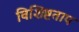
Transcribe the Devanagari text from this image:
विशिष्टताप